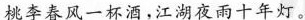
桃李春风一杯酒，江湖夜雨十年灯。